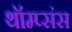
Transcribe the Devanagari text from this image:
थॉम्प्संस